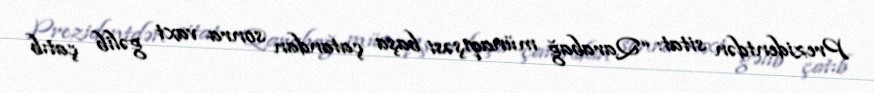
Prezidentdən sitat: “Qarabağ münaqişəsi başa çatandan sonra vaxt gəlib çatıb